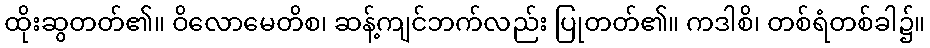
ထိုးဆွတတ်၏။ ဝိလောမေတိစ၊ ဆန့်ကျင်ဘက်လည်း ပြုတတ်၏။ ကဒါစိ၊ တစ်ရံတစ်ခါ၌။